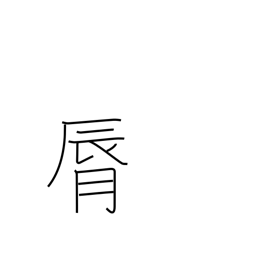
Meaning: lip